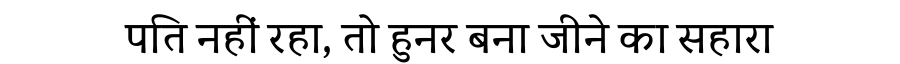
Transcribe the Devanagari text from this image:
पति नहीं रहा, तो हुनर बना जीने का सहारा